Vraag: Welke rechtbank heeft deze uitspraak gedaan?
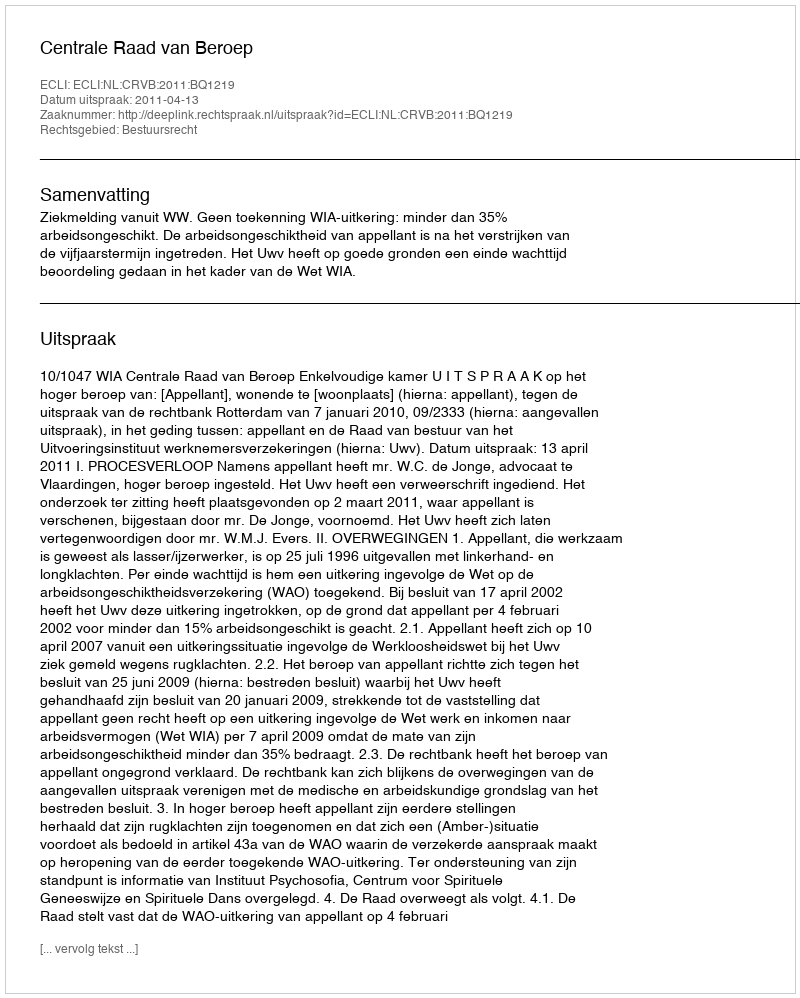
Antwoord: Centrale Raad van Beroep